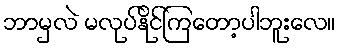
ဘာမှလဲ မလုပ်နိုင်ကြတော့ပါဘူးလေ။